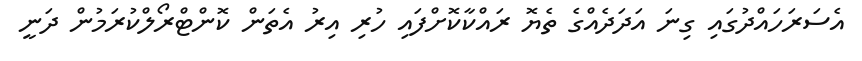
އެސަރަހައްދުގައި ގިނަ އަދަދެއްގެ ތެޔޮ ރައްކާކޮށްފައި ހުރި އިރު އެތަން ކޮންޓްރޯލްކުރަމުން ދަނީ